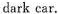
dark car.